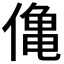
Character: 𫣒